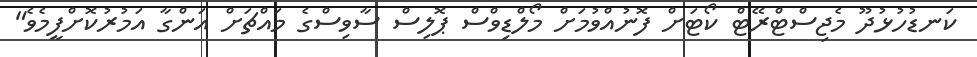
ކަނޑުހުޅުދޫ މެޖިސްޓްރޭޓް ކޯޓަށް ފޮނުއްވުމަށް މޯލްޑިވްސް ޕޮލިސް ސާވިސްގެ މައްޗަށް އަންގާ އަމުރުކޮށްފީމެވެ"